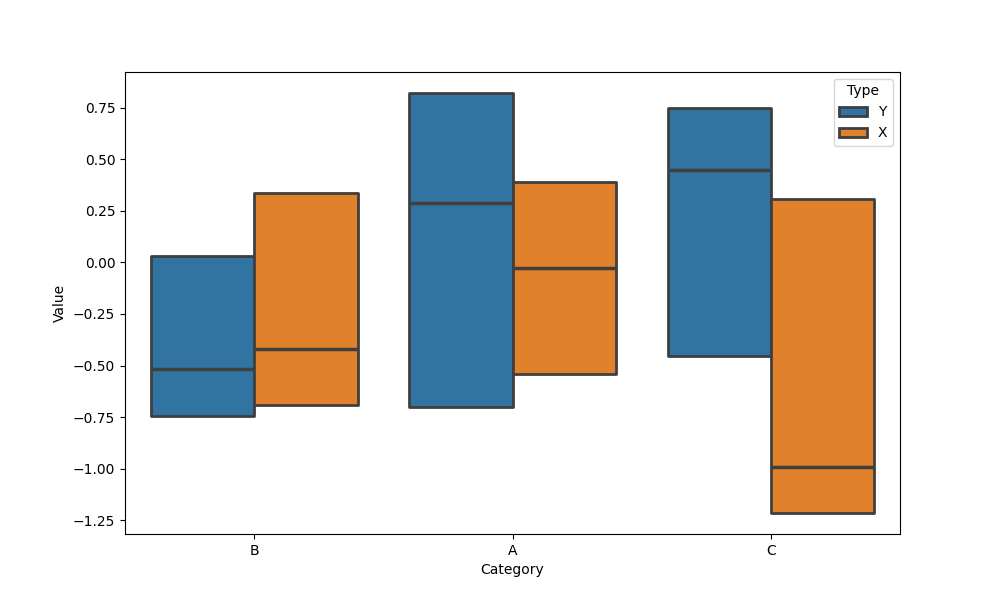
python, seaborn, boxenplot, k_depth='tukey', linewidth=2, scale='linear', outlier_prop=0.1, showfliers=False